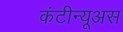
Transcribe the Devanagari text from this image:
कंटीन्यूअस